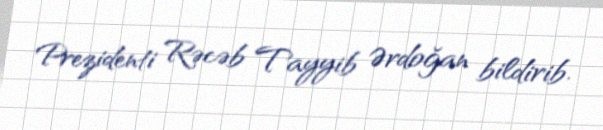
Prezidenti Rəcəb Tayyib Ərdoğan bildirib.